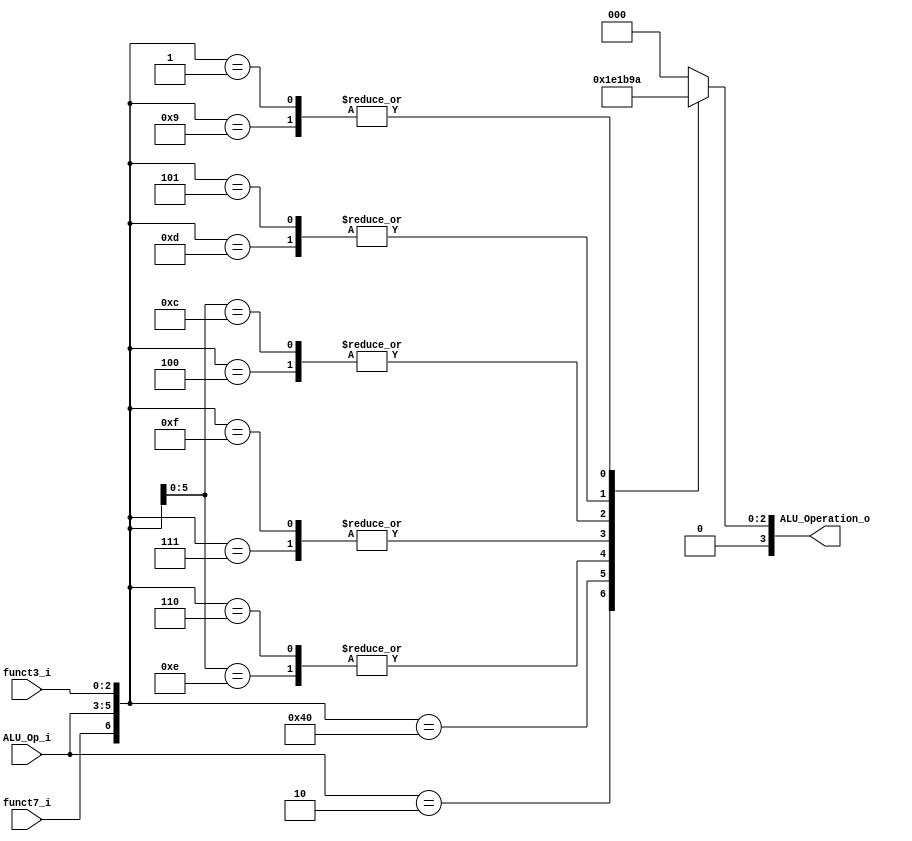
/******************************************************************
* Description
*	This is the control unit for the ALU. It receves a signal called 
*	ALUOp from the control unit and signals called funct7 and funct3  from
*	the instruction bus.
* Version:
*	1.0
* Author:
*	Dr. Jos Luis Pizano Escalante
* email:
*	luispizano@iteso.mx
* Date:
*	16/08/2021
******************************************************************/
module ALU_Control
(
	input funct7_i, 
	input [2:0] ALU_Op_i,
	input [2:0] funct3_i,
	

	output [3:0] ALU_Operation_o

);


localparam R_Type_ADD		= 7'b0_000_000;
localparam I_Type_ADDI 		= 7'bx_001_000;
localparam U_Type_LUI		= 7'bx_010_xxx;
localparam I_Type_ORI		= 7'bx_001_110;
localparam I_Type_SLLI		= 7'b0_001_001;
localparam I_Type_SRLI		= 7'b0_001_101;
localparam R_Type_SUB      = 7'b1_000_000;
localparam R_Type_OR			= 7'b0_000_110;
localparam R_Type_AND		= 7'b0_000_111;
localparam I_Type_ANDI		= 7'b0_001_111;
localparam R_Type_XOR		= 7'b0_000_100;
localparam I_Type_XORI		= 7'bx_001_100;
localparam R_Type_SRL		= 7'b0_000_101;
localparam R_Type_SLL		= 7'b0_000_001;
localparam I_Type_LW			= 7'bx_011_010; 
localparam S_Type_SW			= 7'bx_100_010; 
localparam B_Type_BEQ		= 7'bx_101_000;
localparam B_Type_BNE		= 7'bx_101_001;
localparam B_Type_BLT		= 7'bx_101_100;
localparam B_Type_BGE		= 7'bx_101_101;
localparam I_Type_JALR		= 7'bx_110_000;
localparam UJ_Type_JAL		= 7'bx_111_xxx;


reg [3:0] alu_control_values;
wire [6:0] selector;

assign selector = {funct7_i, ALU_Op_i, funct3_i};

always@(selector)begin
	casex(selector)
	
		R_Type_ADD: 	alu_control_values = 4'b0000;//0 en la ALU
		I_Type_ADDI: 	alu_control_values = 4'b0000;
		U_Type_LUI:		alu_control_values = 4'b0111;//7
		I_Type_ORI:		alu_control_values = 4'b0001;//1
		I_Type_SLLI:	alu_control_values = 4'b0010;//2
		I_Type_SRLI:	alu_control_values = 4'b0011;//3
		R_Type_SUB:		alu_control_values = 4'b0100;//4
		R_Type_OR:		alu_control_values = 4'b0001;//1
		R_Type_AND:		alu_control_values = 4'b0101;//5
		I_Type_ANDI:	alu_control_values = 4'b0101;//5
		R_Type_XOR:		alu_control_values = 4'b0110;//6
		I_Type_XORI:	alu_control_values = 4'b0110;
		R_Type_SRL:		alu_control_values = 4'b0011;//3
		R_Type_SLL:		alu_control_values = 4'b0010;//2
		I_Type_LW:		alu_control_values = 4'b0000;//0
		S_Type_SW:		alu_control_values = 4'b0000;//0
		B_Type_BEQ:		alu_control_values = 4'b0000;//0
		B_Type_BNE:		alu_control_values = 4'b0000;//0
		B_Type_BLT:		alu_control_values = 4'b0000;//0
		B_Type_BGE:		alu_control_values = 4'b0000;//0
		I_Type_JALR:	alu_control_values = 4'b0000;//0
		UJ_Type_JAL:	alu_control_values = 4'b0000;//0
		

		default: alu_control_values = 4'b00_00;
	endcase
end


assign ALU_Operation_o = alu_control_values;



endmodule